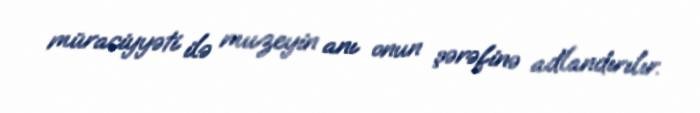
müraciyyəti ilə muzeyin anı onun şərəfinə adlandırılır.